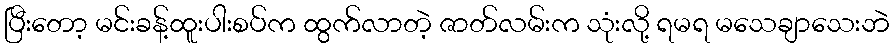
ပြီးတော့ မင်းခန့်ထူးပါးစပ်က ထွက်လာတဲ့ ဇာတ်လမ်းက သုံးလို့ ရမရ မသေချာသေးဘဲ